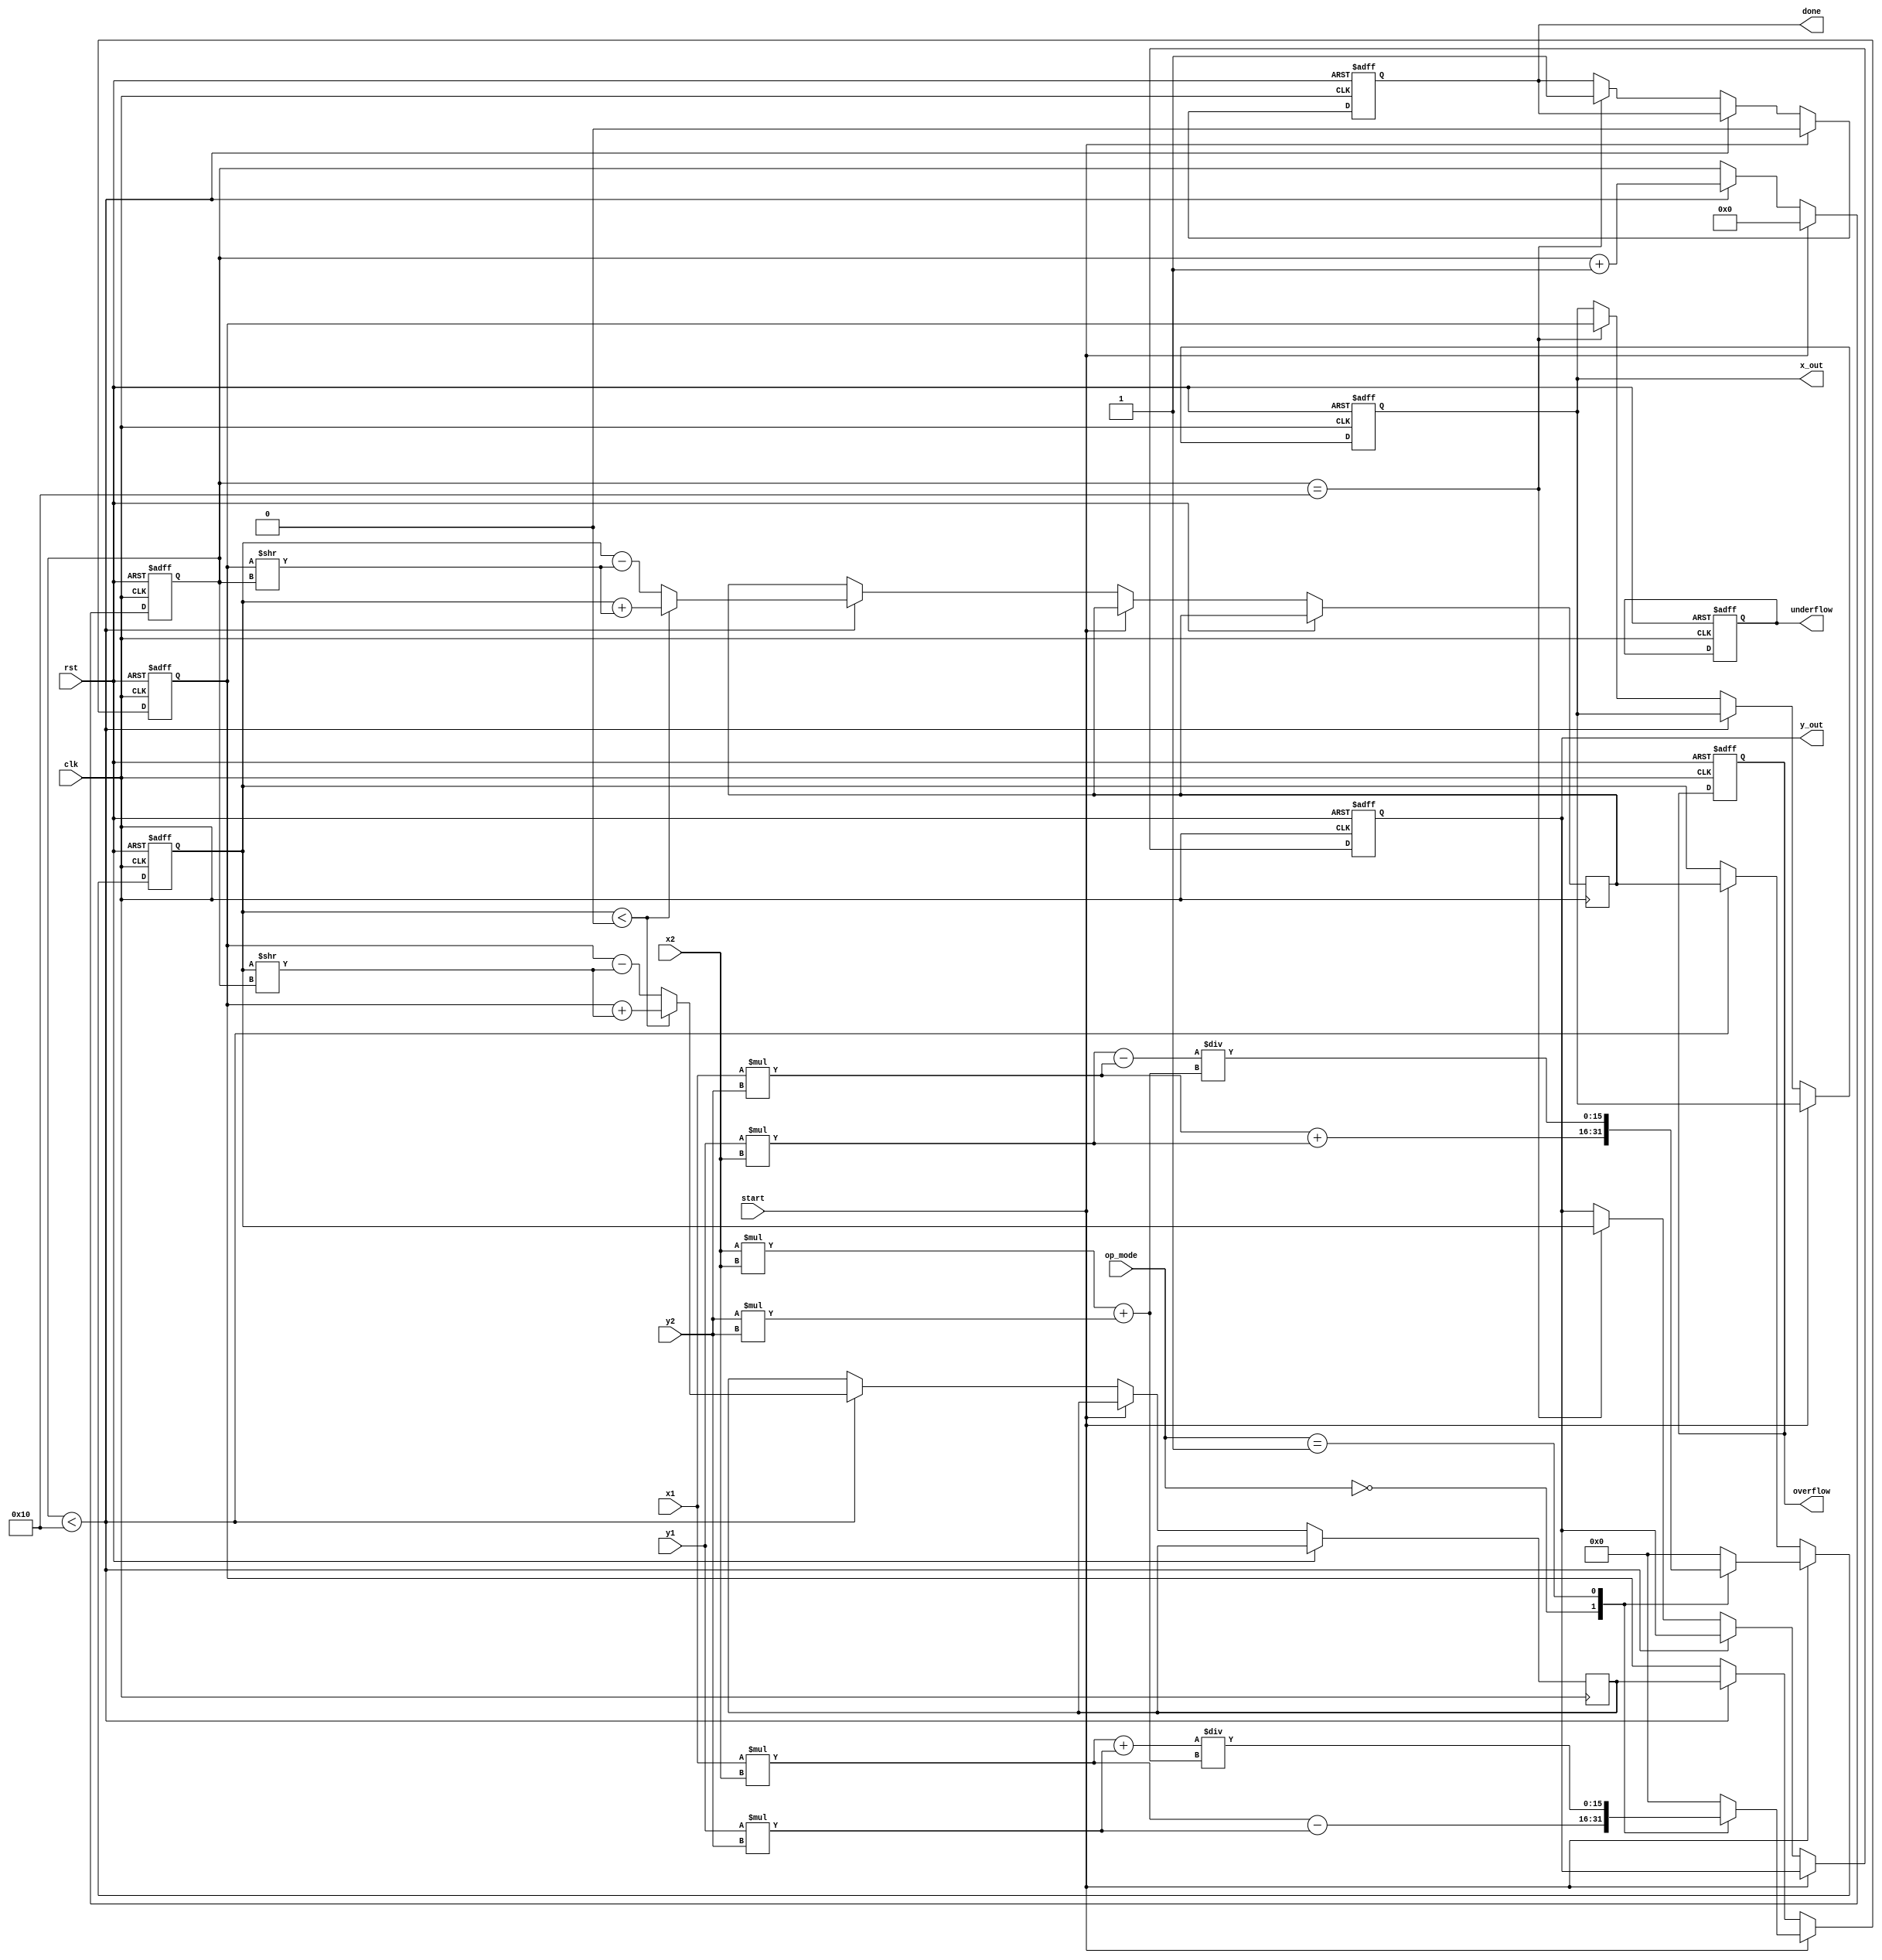
module complex_cordic #(
    parameter WIDTH = 16,         // Width of the data (in bits)
    parameter ITERATIONS = 16     // Number of iterations for CORDIC
)(
    input wire clk,
    input wire rst,
    input wire [WIDTH-1:0] x1,    // Real part of complex number Z1
    input wire [WIDTH-1:0] y1,    // Imaginary part of complex number Z1
    input wire [WIDTH-1:0] x2,    // Real part of complex number Z2
    input wire [WIDTH-1:0] y2,    // Imaginary part of complex number Z2
    input wire [2:0] op_mode,      // Operation mode: 0 - Multiply, 1 - Divide, 2 - Square Root
    input wire start,
    output reg [WIDTH-1:0] x_out,  // Real part of output complex number
    output reg [WIDTH-1:0] y_out,  // Imaginary part of output complex number
    output reg done,
    output reg overflow,
    output reg underflow
);

    // Internal variables
    reg [WIDTH-1:0] x, y, x_temp, y_temp;
    reg [WIDTH-1:0] angle [0:ITERATIONS-1];
    reg [4:0] counter;              // Iteration counter

    // Initialize angles for CORDIC
    initial begin
        angle[0] = 16'h26B2;  // atan(2^-0)
        angle[1] = 16'h1DAC;  // atan(2^-1)
        angle[2] = 16'h0FAD;  // atan(2^-2)
        // Fill remaining angles...
        // angle[3] = atan(2^-3);
        // angle[4] = atan(2^-4);
        // ...
    end

    always @(posedge clk or posedge rst) begin
        if (rst) begin
            x <= 0;
            y <= 0;
            x_out <= 0;
            y_out <= 0;
            counter <= 0;
            done <= 0;
            overflow <= 0;
            underflow <= 0;
        end else if (start) begin
            // Initialize inputs based on operation mode
            case (op_mode)
                3'b000: begin  // Multiplication
                    x <= x1 * x2 - y1 * y2;
                    y <= x1 * y2 + y1 * x2;
                end
                3'b001: begin  // Division (simplified, assumes y2 != 0)
                    x <= (x1 * x2 + y1 * y2) / (x2 * x2 + y2 * y2);
                    y <= (y1 * x2 - x1 * y2) / (x2 * x2 + y2 * y2);
                end
                // Additional operation modes can be added here
                default: begin
                    x <= 0;
                    y <= 0;
                end
            endcase
            counter <= 0;
            done <= 0;
        end else if (counter < ITERATIONS) begin
            // CORDIC iterative rotation
            if (y < 0) begin
                x_temp <= x + (y >> counter);
                y_temp <= y + (x >> counter);
            end else begin
                x_temp <= x - (y >> counter);
                y_temp <= y - (x >> counter);
            end

            x <= x_temp;
            y <= y_temp;

            counter <= counter + 1;
        end else if (counter == ITERATIONS) begin
            // Final output assignment
            x_out <= x;
            y_out <= y;
            done <= 1;
        end
    end

endmodule